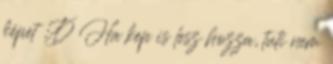
képet :D Ha kep is lesz hozza, tuti nem